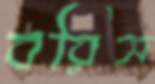
বরিস